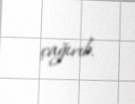
çağırıb.